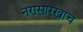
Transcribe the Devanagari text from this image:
नरासारखाच